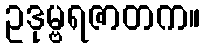
ဥဒုမ္ဗရဇာတက။